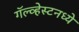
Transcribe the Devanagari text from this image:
गॅल्व्हेस्टनध्ये